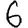
Digit: 6